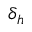
\delta _ { h }